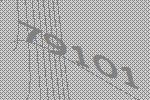
79101